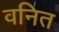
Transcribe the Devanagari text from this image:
वनित